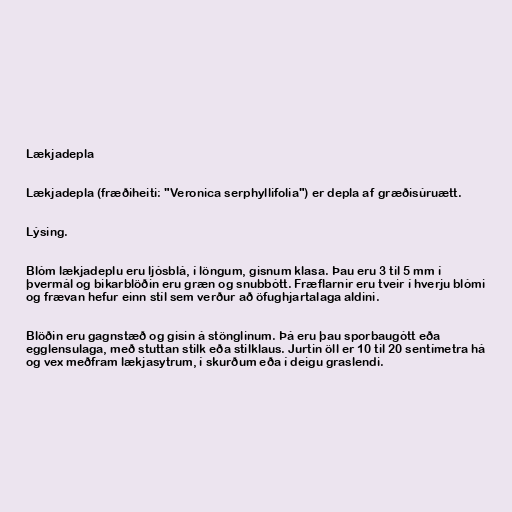
Lækjadepla

Lækjadepla (fræðiheiti: "Veronica serphyllifolia") er depla af græðisúruætt.

Lýsing.

Blóm lækjadeplu eru ljósblá, í löngum, gisnum klasa. Þau eru 3 til 5 mm í
þvermál og bikarblöðin eru græn og snubbótt. Fræflarnir eru tveir í hverju blómi
og frævan hefur einn stíl sem verður að öfughjartalaga aldini.

Blöðin eru gagnstæð og gisin á stönglinum. Þá eru þau sporbaugótt eða
egglensulaga, með stuttan stilk eða stilklaus. Jurtin öll er 10 til 20 sentímetra há
og vex meðfram lækjasytrum, í skurðum eða í deigu graslendi.